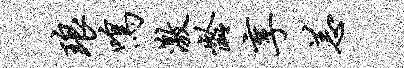
琅鸣激龄享恙